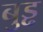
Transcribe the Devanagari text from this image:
बुड्ढ